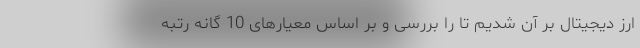
ارز دیجیتال بر آن شدیم تا را بررسی و بر اساس معیارهای 10 گانه رتبه